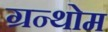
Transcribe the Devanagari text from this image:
ग्रन्थोम